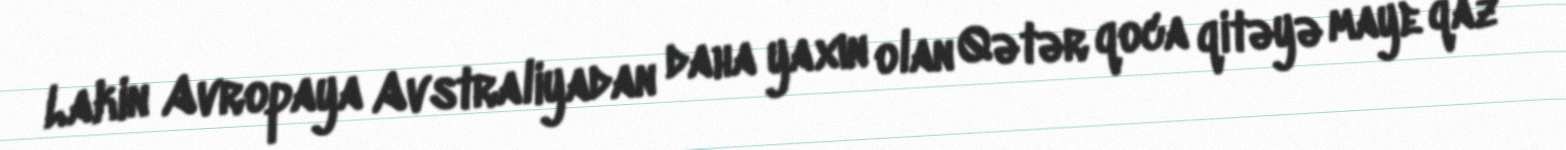
Lakin Avropaya Avstraliyadan daha yaxın olan Qətər qoca qitəyə maye qaz